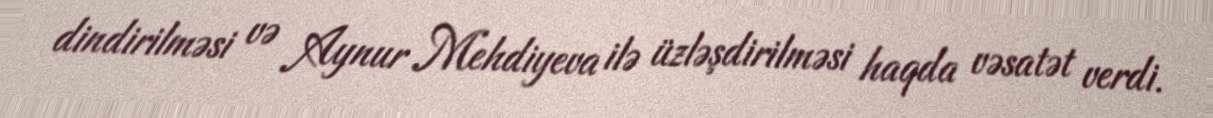
dindirilməsi və Aynur Mehdiyeva ilə üzləşdirilməsi haqda vəsatət verdi.